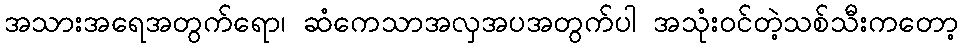
အသားအရေအတွက်ရော၊ ဆံကေသာအလှအပအတွက်ပါ အသုံးဝင်တဲ့သစ်သီးကတော့